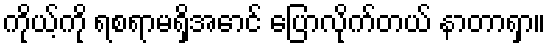
ကိုယ့်ကို ရစရာမရှိအောင် ပြောလိုက်တယ် နာတာရှာ။